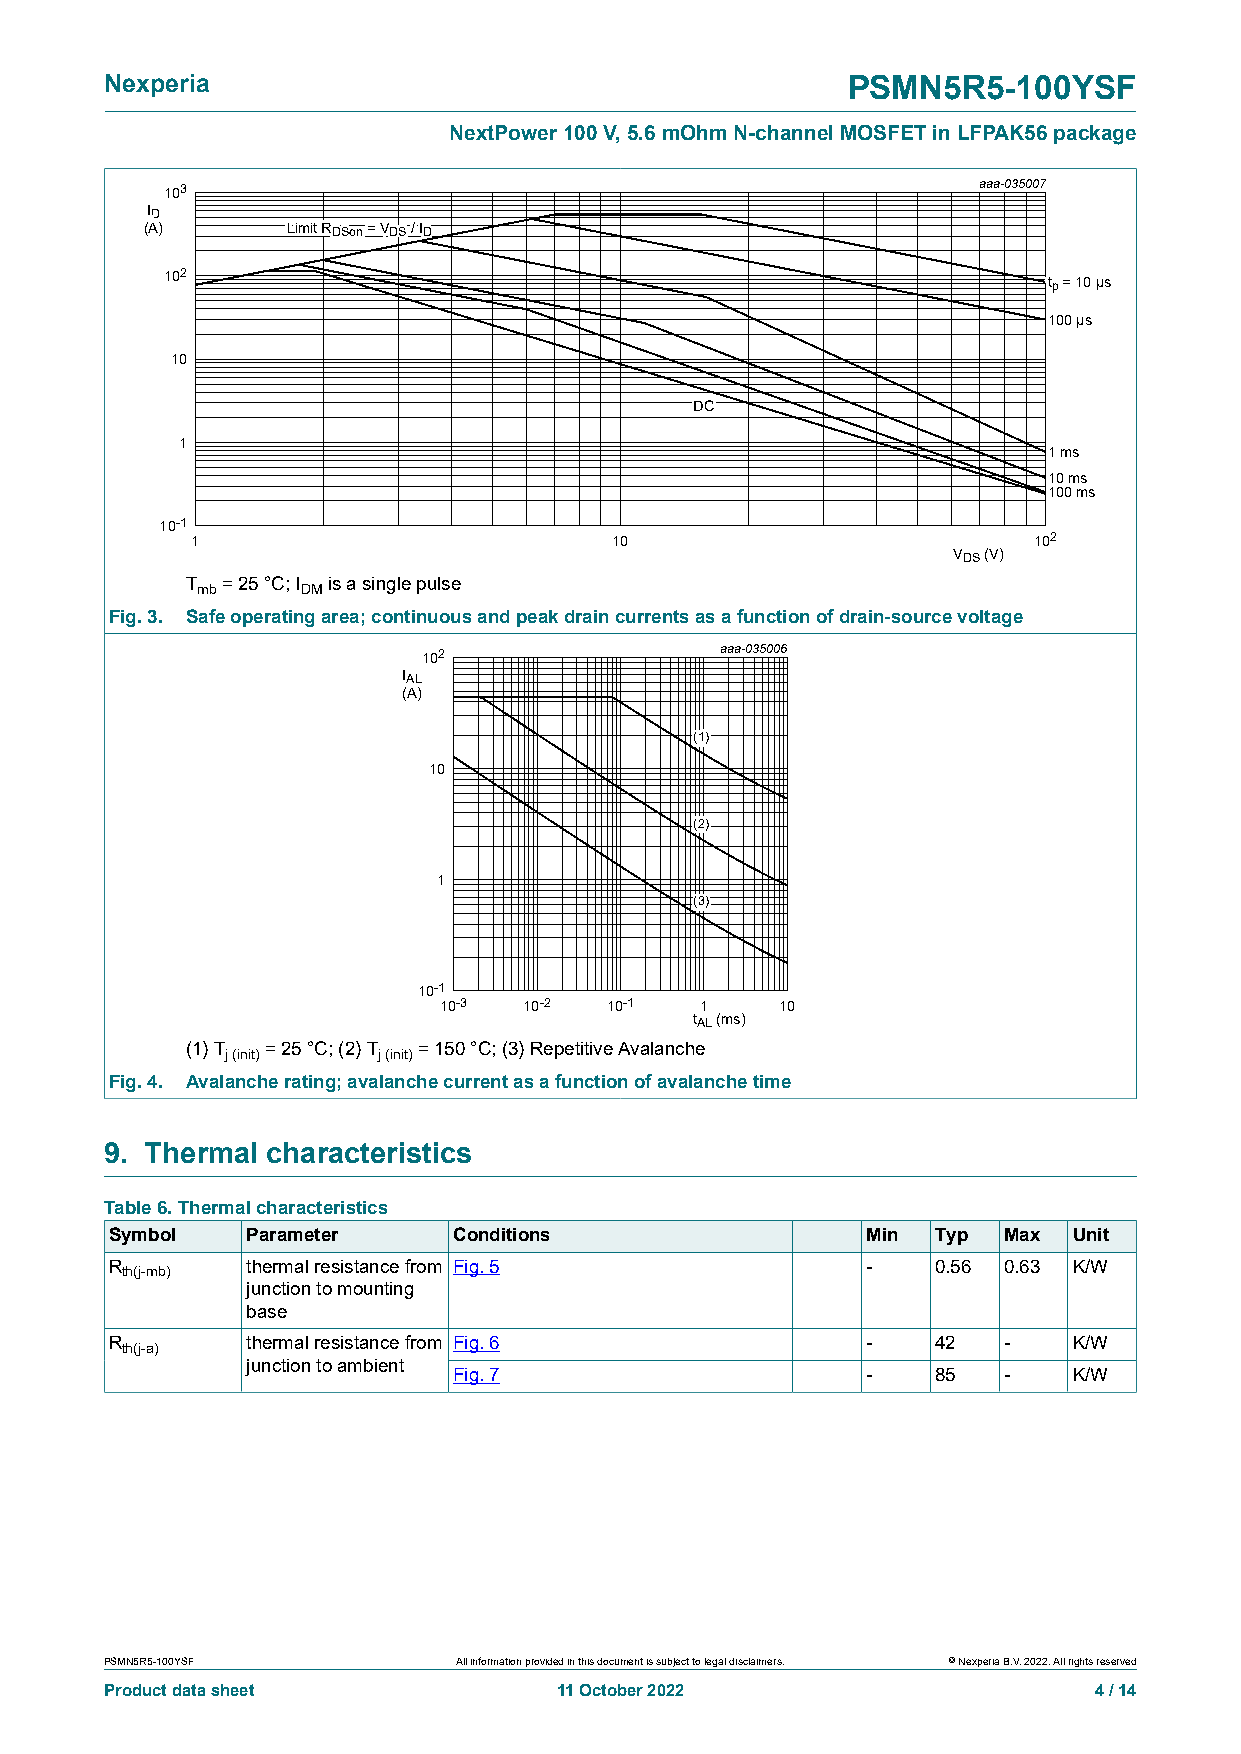
Nexperia                                         PSMN5R5-100YSF
 NextPower 100 V, 5.6 mOhm N-channel MOSFET in LFPAK56 package
 103                                                   aaa-035007
 IIDD
 ((AA))   LLiimmiitt RRDDSSoonn == VVDDSS // IIDD
 102
 ttpp == 1100 µµss
 110000 µµss
 10
 DDCC
 1
 11 mmss
 1100 mmss
 110000 mmss
 10-1
 1                           10                         102
 VDS (V)
 T  = 25 °C; I is a single pulse
 mb     DM
 Fig. 3. Safe operating area; continuous and peak drain currents as a function of drain-source voltage
 102                 aaa-035006
 IIAALL
 ((AA))
 ((11))
 10
 ((22))
 1
 ((33))
 10-1
 10-3  10-2 10-1  1     10
 tAL (ms)
 (1) T = 25 °C; (2) T = 150 °C; (3) Repetitive Avalanche
 j (init)  j (init)
 Fig. 4. Avalanche rating; avalanche current as a function of avalanche time
 9. Thermal characteristics
 Table 6. Thermal characteristics
 Symbol   Parameter     Conditions                 Min  Typ Max  Unit
 R        thermal resistance from Fig. 5           -    0.56 0.63 K/W
 th(j-mb)
 junction to mounting
 base
 R        thermal resistance from Fig. 6           -    42  -    K/W
 th(j-a)
 junction to ambient
 Fig. 7                     -    85  -    K/W
 PSMN5R5-100YSF         All information provided in this document is subject to legal disclaimers. © Nexperia B.V. 2022. All rights reserved
 Product data sheet            11 October 2022                    4 / 14